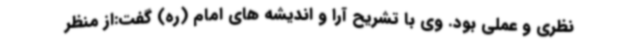
نظری و عملی بود. وی با تشریح آرا و اندیشه های امام (ره) گفت:از منظر